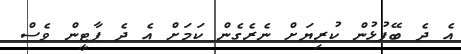
އެ ދެ ބޭފުޅުން ކުރިޔަށް ނެރެގެން ކަމަށް އެ ދެ ޕާޓީން ވެސް